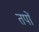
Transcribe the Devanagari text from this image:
तपों